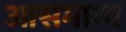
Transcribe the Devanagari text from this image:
आसमान्य